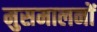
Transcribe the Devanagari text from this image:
मुसमालनों